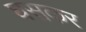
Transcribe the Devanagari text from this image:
घसकर